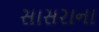
સાસરાના